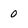
Character: 0